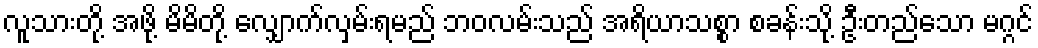
လူသားတို့ အဖို့ မိမိတို့ လျှောက်လှမ်းရမည် ဘဝလမ်းသည် အရိယာသစ္စာ စခန်းသို့ ဦးတည်သော မဂ္ဂင်